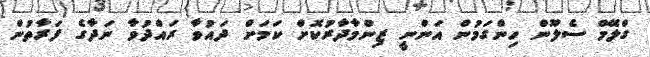
ގްލޭމް ސެލޫން ހިންގަމުން އަންނީ ޒިންމާދާރުކޮށް ކަމަށް ދައުވާ ރައްދުވާ ނަދާގެ ފަރާތުން